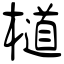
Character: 檤